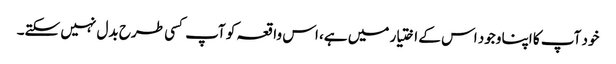
خود آپ کا اپنا وجود اس کے اختیار میں ہے، اس واقعہ کو آپ کسی طرح بدل نہیں سکتے۔